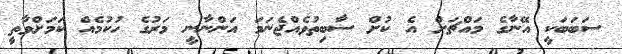
ސަބަބަކީ އޭނާގެ މައްޗަށް އެ ކުށް ސާބިތުވެއްޖެނަމަ އަންނާނީ މަރުގެ ހުކުމެއް ކަމަށްވާތީ